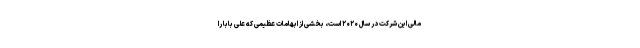
مالی این شرکت در سال ۲۰۲۰ است، بخشی از ابهامات عظیمی که علی بابا را